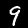
Label: 9